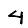
Digit: 4